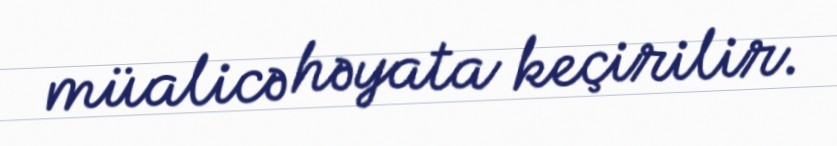
müalicə həyata keçirilir.